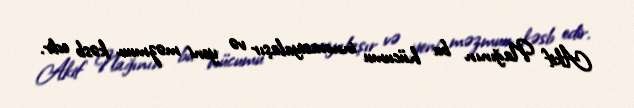
Akif Nağının bu hücumu innovasiyalaşır və yeni məzmun kəsb edir.